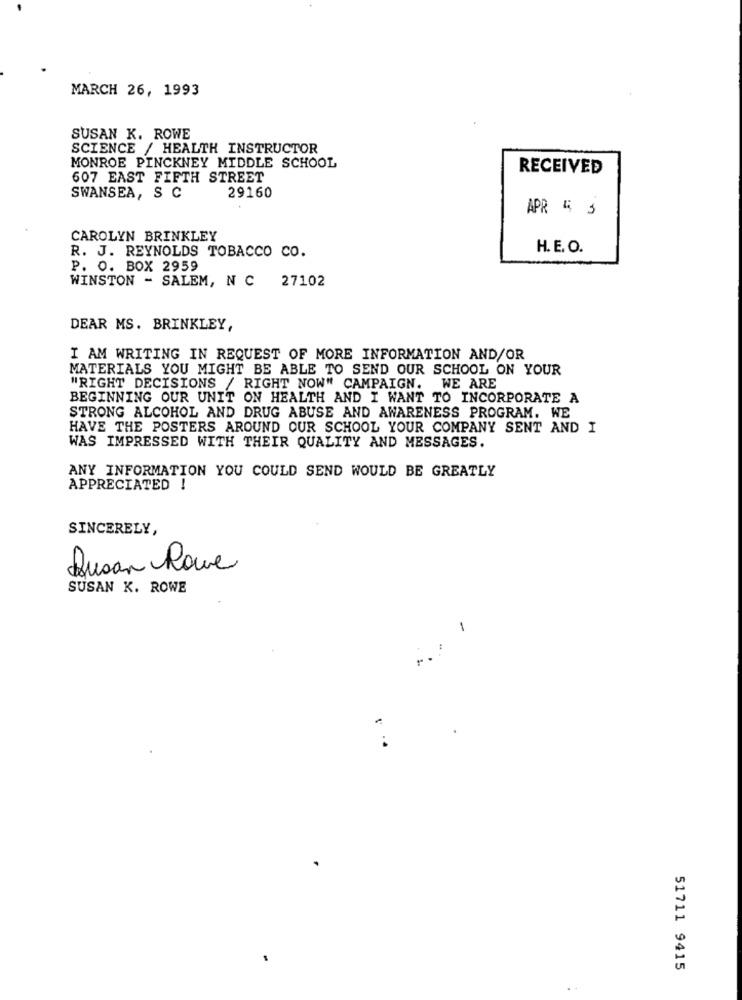
MARCH 26, 1993
SUSAN K. ROWE
SCIENCE / HEALTH INSTRUCTOR
MONROE PINCKNEY MIDDLE SCHOOL
RECEIVED
607 EAST FIFTH STREET
SWANSEA, S C
29160
APR 5 3
CAROLYN BRINKLEY
R. J. REYNOLDS TOBACCO CO.
H. E. O.
P. O. BOX 2959
WINSTON - SALEM, N C 27102
DEAR MS. BRINKLEY,
I AM WRITING IN REQUEST OF MORE INFORMATION AND/OR
MATERIALS YOU MIGHT BE ABLE TO SEND OUR SCHOOL ON YOUR
"RIGHT DECISIONS / RIGHT NOW" CAMPAIGN. WE ARE
BEGINNING OUR UNIT ON HEALTH AND I WANT TO INCORPORATE A
STRONG ALCOHOL AND DRUG ABUSE AND AWARENESS PROGRAM. WE
HAVE THE POSTERS AROUND OUR SCHOOL YOUR COMPANY SENT AND I
WAS IMPRESSED WITH THEIR QUALITY AND MESSAGES.
ANY INFORMATION YOU COULD SEND WOULD BE GREATLY
APPRECIATED !
SINCERELY,
Dusan Rowe
SUSAN K. ROWE
1
51711 9415